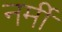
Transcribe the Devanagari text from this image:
नर्मी